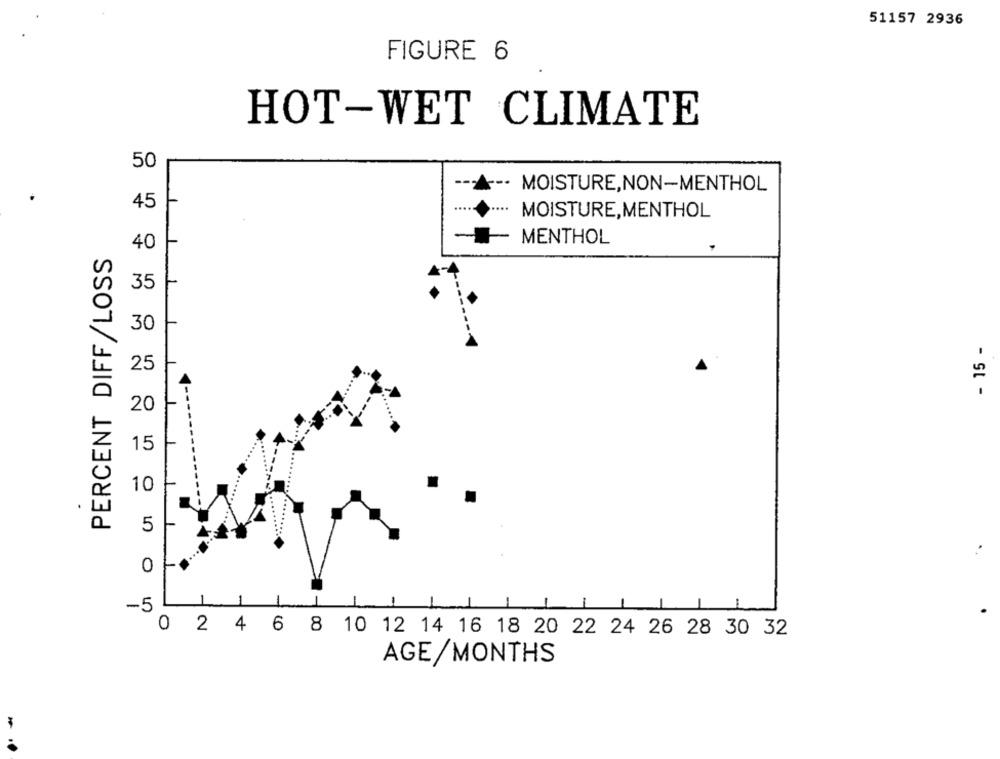
51157 2936
FIGURE 6
HOT-WET CLIMATE
50
-. MOISTURE,NON-MENTHOL
45
MOISTURE,MENTHOL
MENTHOL
PERCENT DIFF/LOSS
40
35
30
- 15 -
25
20
15
10
5
0
1
-5
1
1
1
0 2 4 6 8 10 12 14 16 18 20 22 24 26 28 30 32
AGE/MONTHS